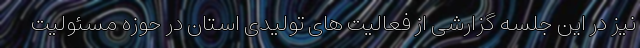
نیز در این جلسه گزارشی از فعالیت های تولیدی استان در حوزه مسئولیت